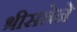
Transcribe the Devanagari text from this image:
श्रीसत्तेने